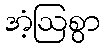
အံ့ဩစွာ